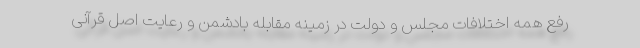
رفع همه اختلافات مجلس و دولت در زمینه مقابله بادشمن و رعایت اصل قرآنی